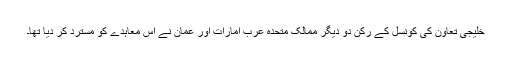
خلیجی تعاون کی کونسل کے رکن دو دیگر ممالک متحدہ عرب امارات اور عمان نے اس معاہدے کو مسترد کر دیا تھا۔